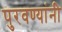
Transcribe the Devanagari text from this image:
पुरवण्यांनी